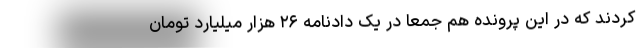
کردند که در این پرونده هم جمعا در یک دادنامه ۲۶ هزار میلیارد تومان